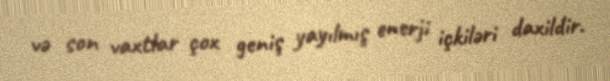
və son vaxtlar çox geniş yayılmış enerji içkiləri daxildir.